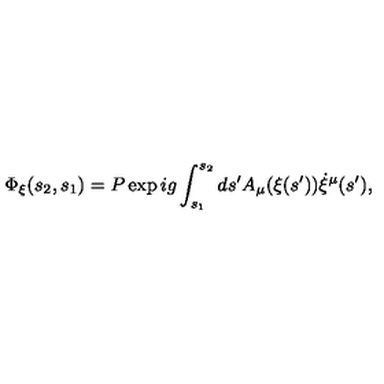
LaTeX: \Phi _ { \xi } ( s _ { 2 } , s _ { 1 } ) = P \exp i g \int _ { s _ { 1 } } ^ { s _ { 2 } } d s ^ { \prime } A _ { \mu } ( \xi ( s ^ { \prime } ) ) \dot { \xi } ^ { \mu } ( s ^ { \prime } ) ,